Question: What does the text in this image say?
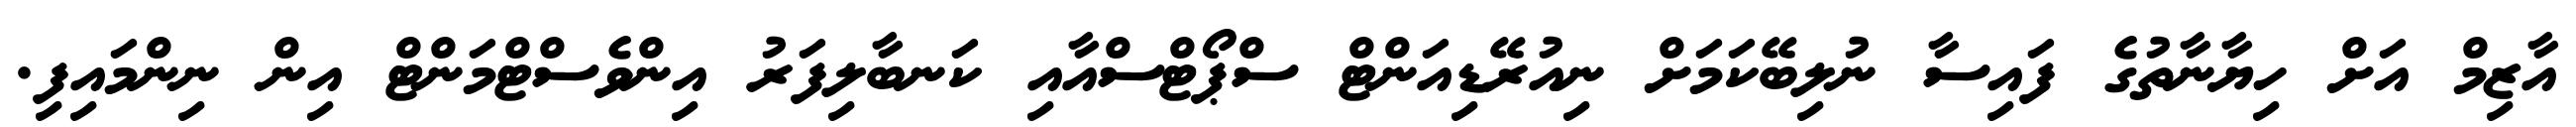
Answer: އާޒިމް އަށް ހިޔާނާތުގެ ފައިސާ ނުލިބޭކަމަށް ނިއުރޭޑިއަންޓް ސްޕޯޓްސްއާއި ކަނބާލިފަރު އިންވެސްޓްމަންޓް އިން ނިންމައިފި.